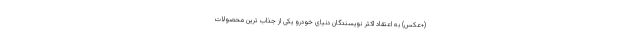
(+عکس) به اعتقاد اکثر نویسندگان دنیای خودرو یکی از جذاب ترین محصولات